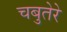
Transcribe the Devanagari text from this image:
चबुतेरे